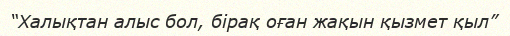
“Халықтан алыс бол, бірақ оған жақын қызмет қыл”